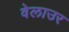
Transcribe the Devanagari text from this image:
वेलाउर